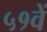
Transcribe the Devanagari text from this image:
५१वें